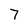
Character: 7